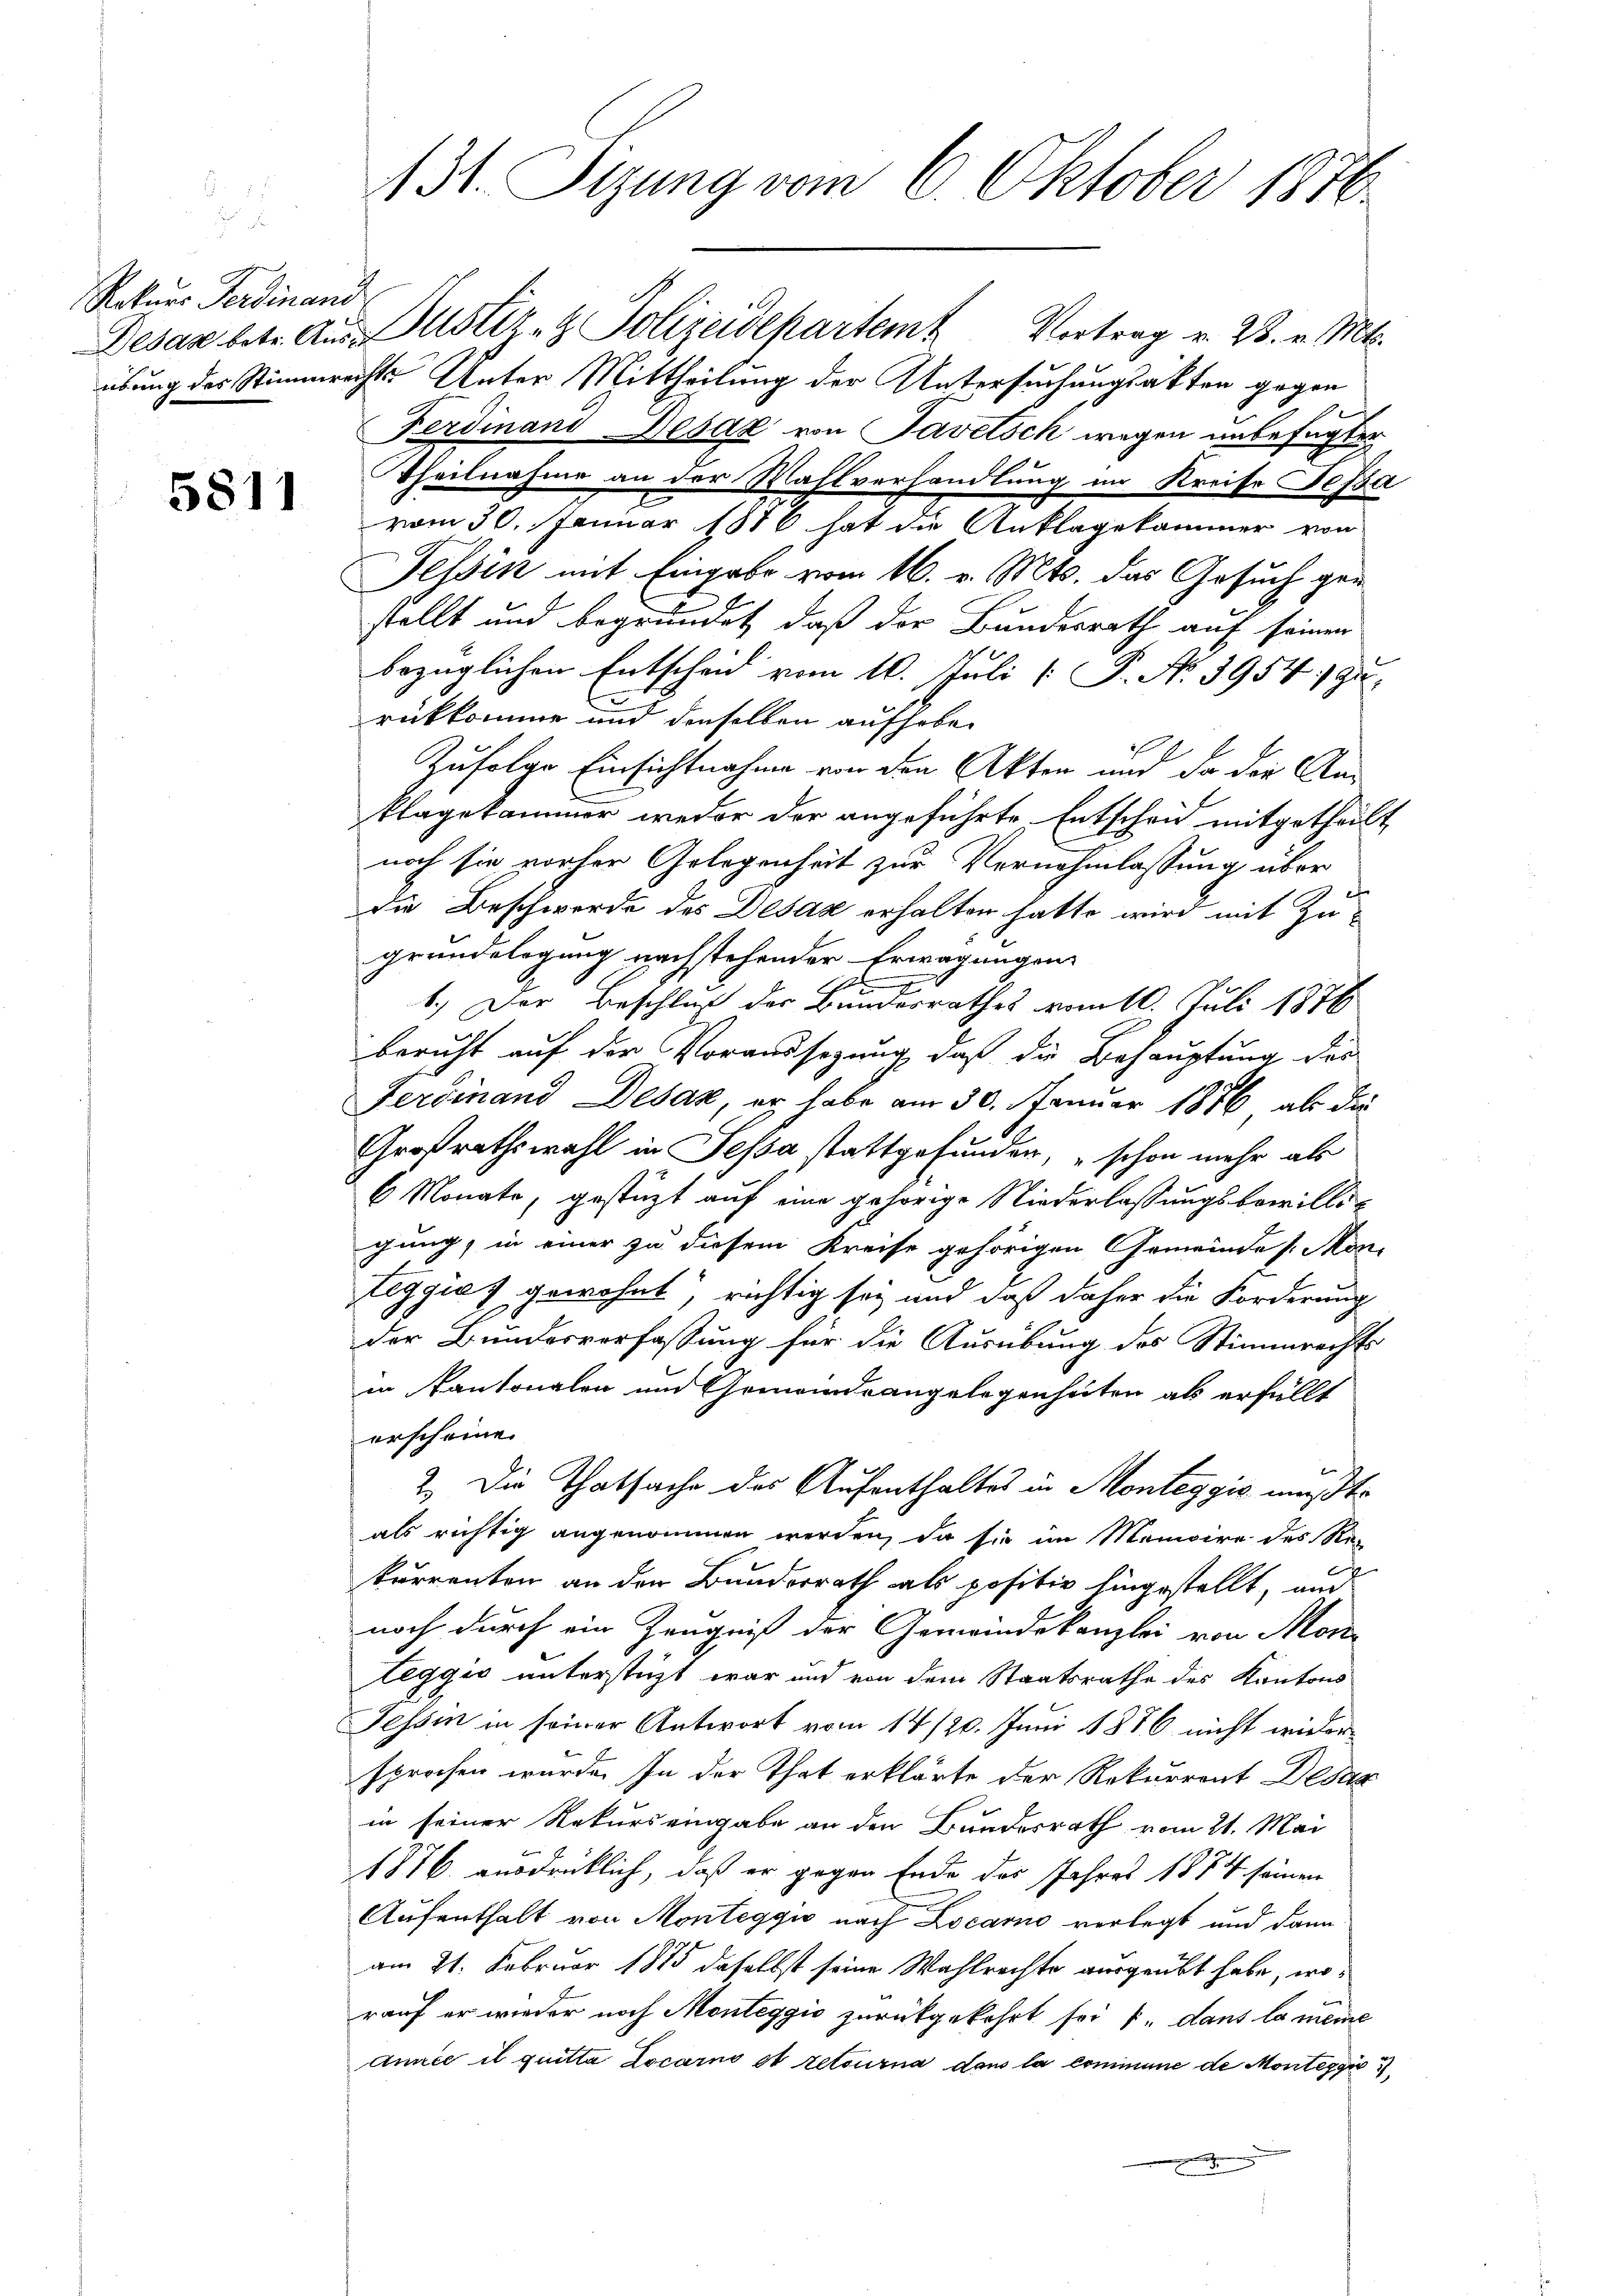
Rekurs Ferdinand

5811

131. Sizung vom 6. Oktober 1876.

Desar betr. Aŭs-Justiz- & Polizeidepartem Vortrag v. 23. v. Mts.
übung des Stimmrechts Unter Mittheilung der Untersuchungsakten gegen
Ferdinand Jesaz von Tavelock wegen unbefugter
Theilnahme an der Wahlverhandlung im Kreise Fessa
vom 30. Januar 1886 hat die Anklagekammer von
Tessin mit Eingabe vom 16. v. Mts. das Gesuch gestellt und begründet, daß der Bundesrath auf seinen
bezüglichen Entscheid vom 10. Juli [ P. No. 3954. 194
rückkomme und denselben aufhabe.
Zufolge Einsichtnahme von den Akten und da der An-
klagekammer weder der angeführte Entscheid mitgetheilt
noch sie vorher Gelegenheit zur Vernehmlassung über
die Beschwerde des Desaz erhalten hatte wird mit Zugrundelegung nachstehender Erwägungen
6.) Der Beschluß der Bundesrathes vom 10. Juli 1876
beruht auf der Voraussezung, daß die Behauptung der
Ferdinand Desaz, er habe am 30. Januar 1876 als die
Großrathswahl in Sessa stattgefunden, schon mehr als
6 Monate, gestützt auf eine gehörige Niederlassungsbewilligung, in einer zu diesem Kreise gehörigen Gemeindes Monteggia gewohnt, richtig sey und daß daher die Forderung
der Bundesverfassung für die Ausübung des Stimmrechts
in Kantonalen und Gemeindrangelegenheiten als erfüllt
erscheine.
2.) Die Thatsache des Aufenthaltes in Monteggis mußte
als richtig angenommen werden, da sie im Memoire des Re-
kurrenten an der Bunderrath als positiv hingestellt, und
noch durch ein Zeugniß der Gemeindskanzlei von Morleggio unterstüzt war und von dem Staatsrathe des Kantons
Tessin in seiner Antwort vom 14./20. Juni 1886 nicht wider
sprochen wurde. In der That erklärte der Rekurrent Desaz
in seiner Rekurs eingabe an den Bundesrath vom 21. Mai
1876. ausdrüklich, daß er gegen Ende des Jahres 1874 seinen
Aufenthalt von Monteggio nach Locarno verlegt und dann
am 21. Februar 1885 daselbst seine Wahlrechte ausgeübt habe, worauf er wieder noch Monteggio zurückgekehrt sei u. dans la meine
Annce il quitta Locarno et retourna den la commune de Monteggis,
.